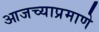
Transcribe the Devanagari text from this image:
आजच्याप्रमाणे